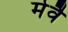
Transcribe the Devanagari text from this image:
मेवै